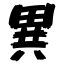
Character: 異